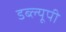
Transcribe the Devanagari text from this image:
डब्ल्यूपी